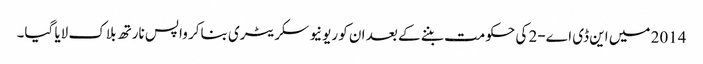
2014 میں این ڈی اے-2 کی حکومت بننے کے بعد ان کو ریونیو سکریٹری بناکر واپس نارتھ بلاک لایا گیا۔